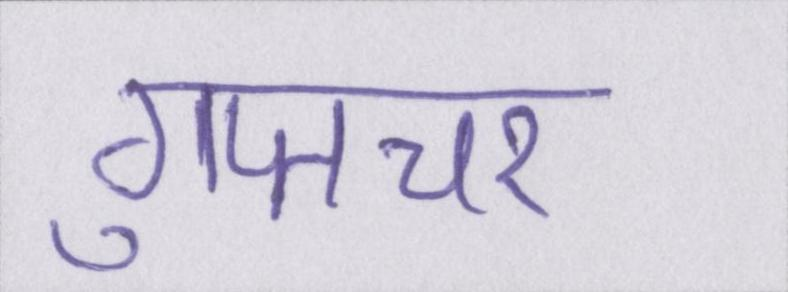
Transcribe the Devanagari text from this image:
गुप्तचर